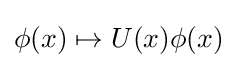
\phi (x)\mapsto U(x)\phi (x)